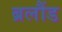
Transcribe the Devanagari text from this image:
ब्रलौंड